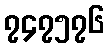
၇၄၇၅၇၆